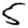
Digit: 5